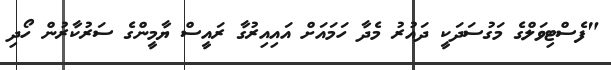
"ފެސްޓިވަލްގެ މަގުސަދަކީ ދައުރު މެދާ ހަމައަށް އައިއިރުގާ ރައީސް ޔާމީންގެ ސަރުކާރުން ހޯދި